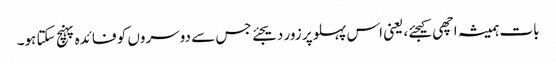
بات ہمیشہ اچھی کیجئے، یعنی اس پہلو پر زور دیجئے جس سے دوسروں کو فائدہ پہنچ سکتا ہو۔